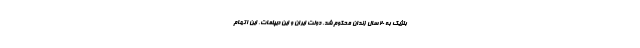
بلژیک به 20 سال زندان محکوم شد. دولت ایران و این دیپلمات، این اتهام